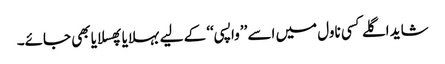
شاید اگلے کسی ناول میں اسے ’’واپسی‘‘ کے لیے بہلایا پھسلایا بھی جائے۔